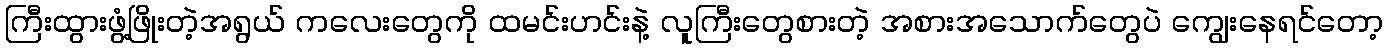
ကြီးထွားဖွံ့ဖြိုးတဲ့အရွယ် ကလေးတွေကို ထမင်းဟင်းနဲ့ လူကြီးတွေစားတဲ့ အစားအသောက်တွေပဲ ကျွေးနေရင်တော့